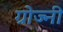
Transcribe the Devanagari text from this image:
ग्रोज्नी